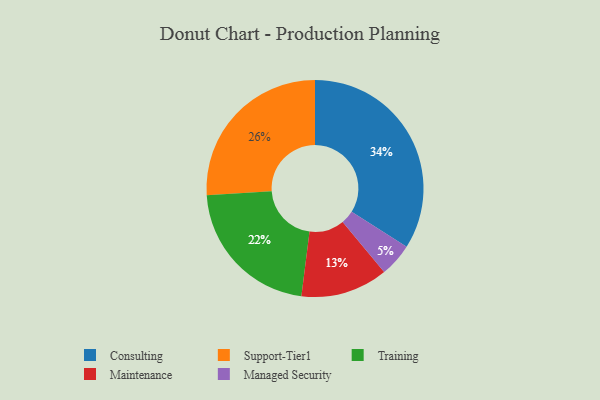
{"axis": {"x": "Category", "y": "Percentage"}, "legend": ["Consulting", "Maintenance", "Managed Security", "Support-Tier1", "Training"], "data": [{"x": "Maintenance", "y": 13, "type": "Maintenance"}, {"x": "Consulting", "y": 34, "type": "Consulting"}, {"x": "Support-Tier1", "y": 26, "type": "Support-Tier1"}, {"x": "Training", "y": 22, "type": "Training"}, {"x": "Managed Security", "y": 5, "type": "Managed Security"}]}